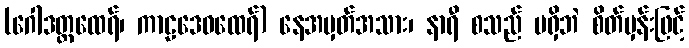
(ဂေါဒတ္တထေရ်၊ ကာဠဒေဝထေရ်) နေအမှတ်အသား၊ နာရီ စသည် မရှိဘဲ စိတ်မှန်းဖြင့်